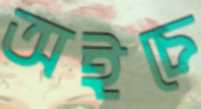
অইচে